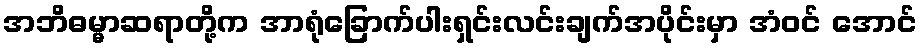
အဘိဓမ္မာဆရာတို့က အာရုံခြောက်ပါးရှင်းလင်းချက်အပိုင်းမှာ အံဝင် အောင်